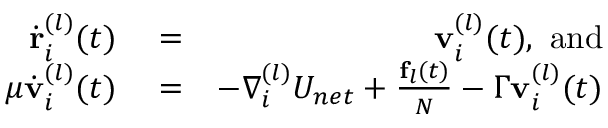
\begin{array} { r l r } { \dot { \bf r } _ { i } ^ { ( l ) } ( t ) } & { { } = } & { { \bf v } _ { i } ^ { ( l ) } ( t ) , \mathrm { \ a n d } } \\ { { \mu } \dot { \bf v } _ { i } ^ { ( l ) } ( t ) } & { { } = } & { - \nabla _ { i } ^ { ( l ) } { \cal U } _ { n e t } + \frac { { \bf f } _ { l } ( t ) } { N } - \Gamma { \bf v } _ { i } ^ { ( l ) } ( t ) } \end{array}